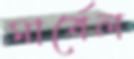
মার্বেল